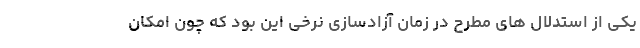
یکی از استدلال های مطرح در زمان آزادسازی نرخی این بود که چون امکان